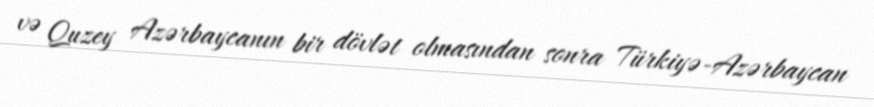
və Quzey Azərbaycanın bir dövlət olmasından sonra Türkiyə-Azərbaycan